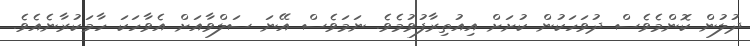
ދުލުން ކޮންމެވެސް ދުވަހަކުން ކުށަށް އިއުތިރާފުވުމެވެ. ނަމަވެސް އޭނަ ސަލްވާއަށް އެވާހަކަ ހާމަކުރާނެއެވެ.